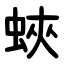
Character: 蛺